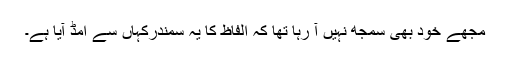
مجھے خود بھی سمجھ نہیں آ رہا تھا کہ الفاظ کا یہ سمندرکہاں سے امڈ آیا ہے۔